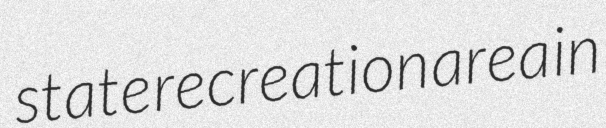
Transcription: state recreation area in